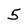
Character: 5